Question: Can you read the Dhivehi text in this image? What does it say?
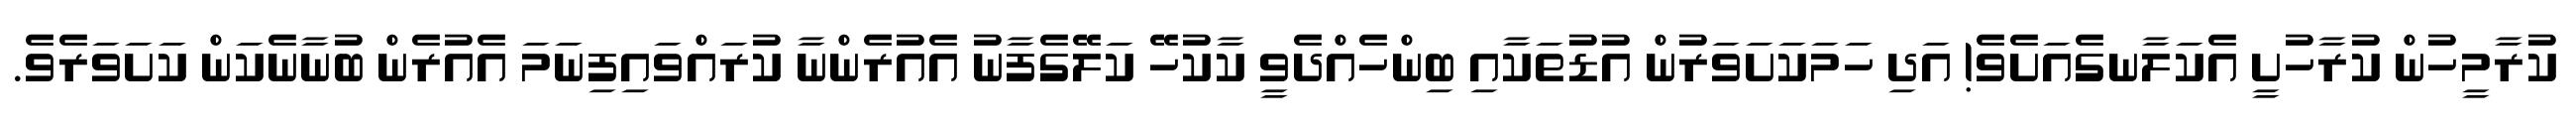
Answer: ކުރާމީހުން ކުރާހުށީ އެކަލާނގެއަށެވެ! އަދި ހަމަކަށަވަރުން އުޑުތަކާއި ބިންހެއްދެވީ ކާކުހޭ ކަލޭގެފާނު އެއުރެންނާ ކުރައްވައިފިނަމަ އެއުރެން ބުނާނެކަން ކަށަވަރެވެ.